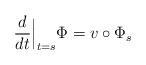
LaTeX: \begin{align*}\frac{d}{dt}\Big|_{t=s} \Phi=v\circ\Phi_s \end{align*}